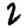
Digit: 2